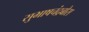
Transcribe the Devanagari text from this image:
सुभाषचंद्रबोस